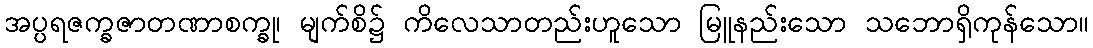
အပ္ပရဇက္ခဇာတဏာစက္ခု၊ မျက်စိ၌ ကိလေသာတည်းဟူသော မြူနည်းသော သဘောရှိကုန်သော။